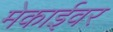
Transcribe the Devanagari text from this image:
मेकाईवर